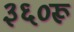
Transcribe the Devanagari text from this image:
३६०रू